NAE_eestikeelseid_kaarte, lk 7
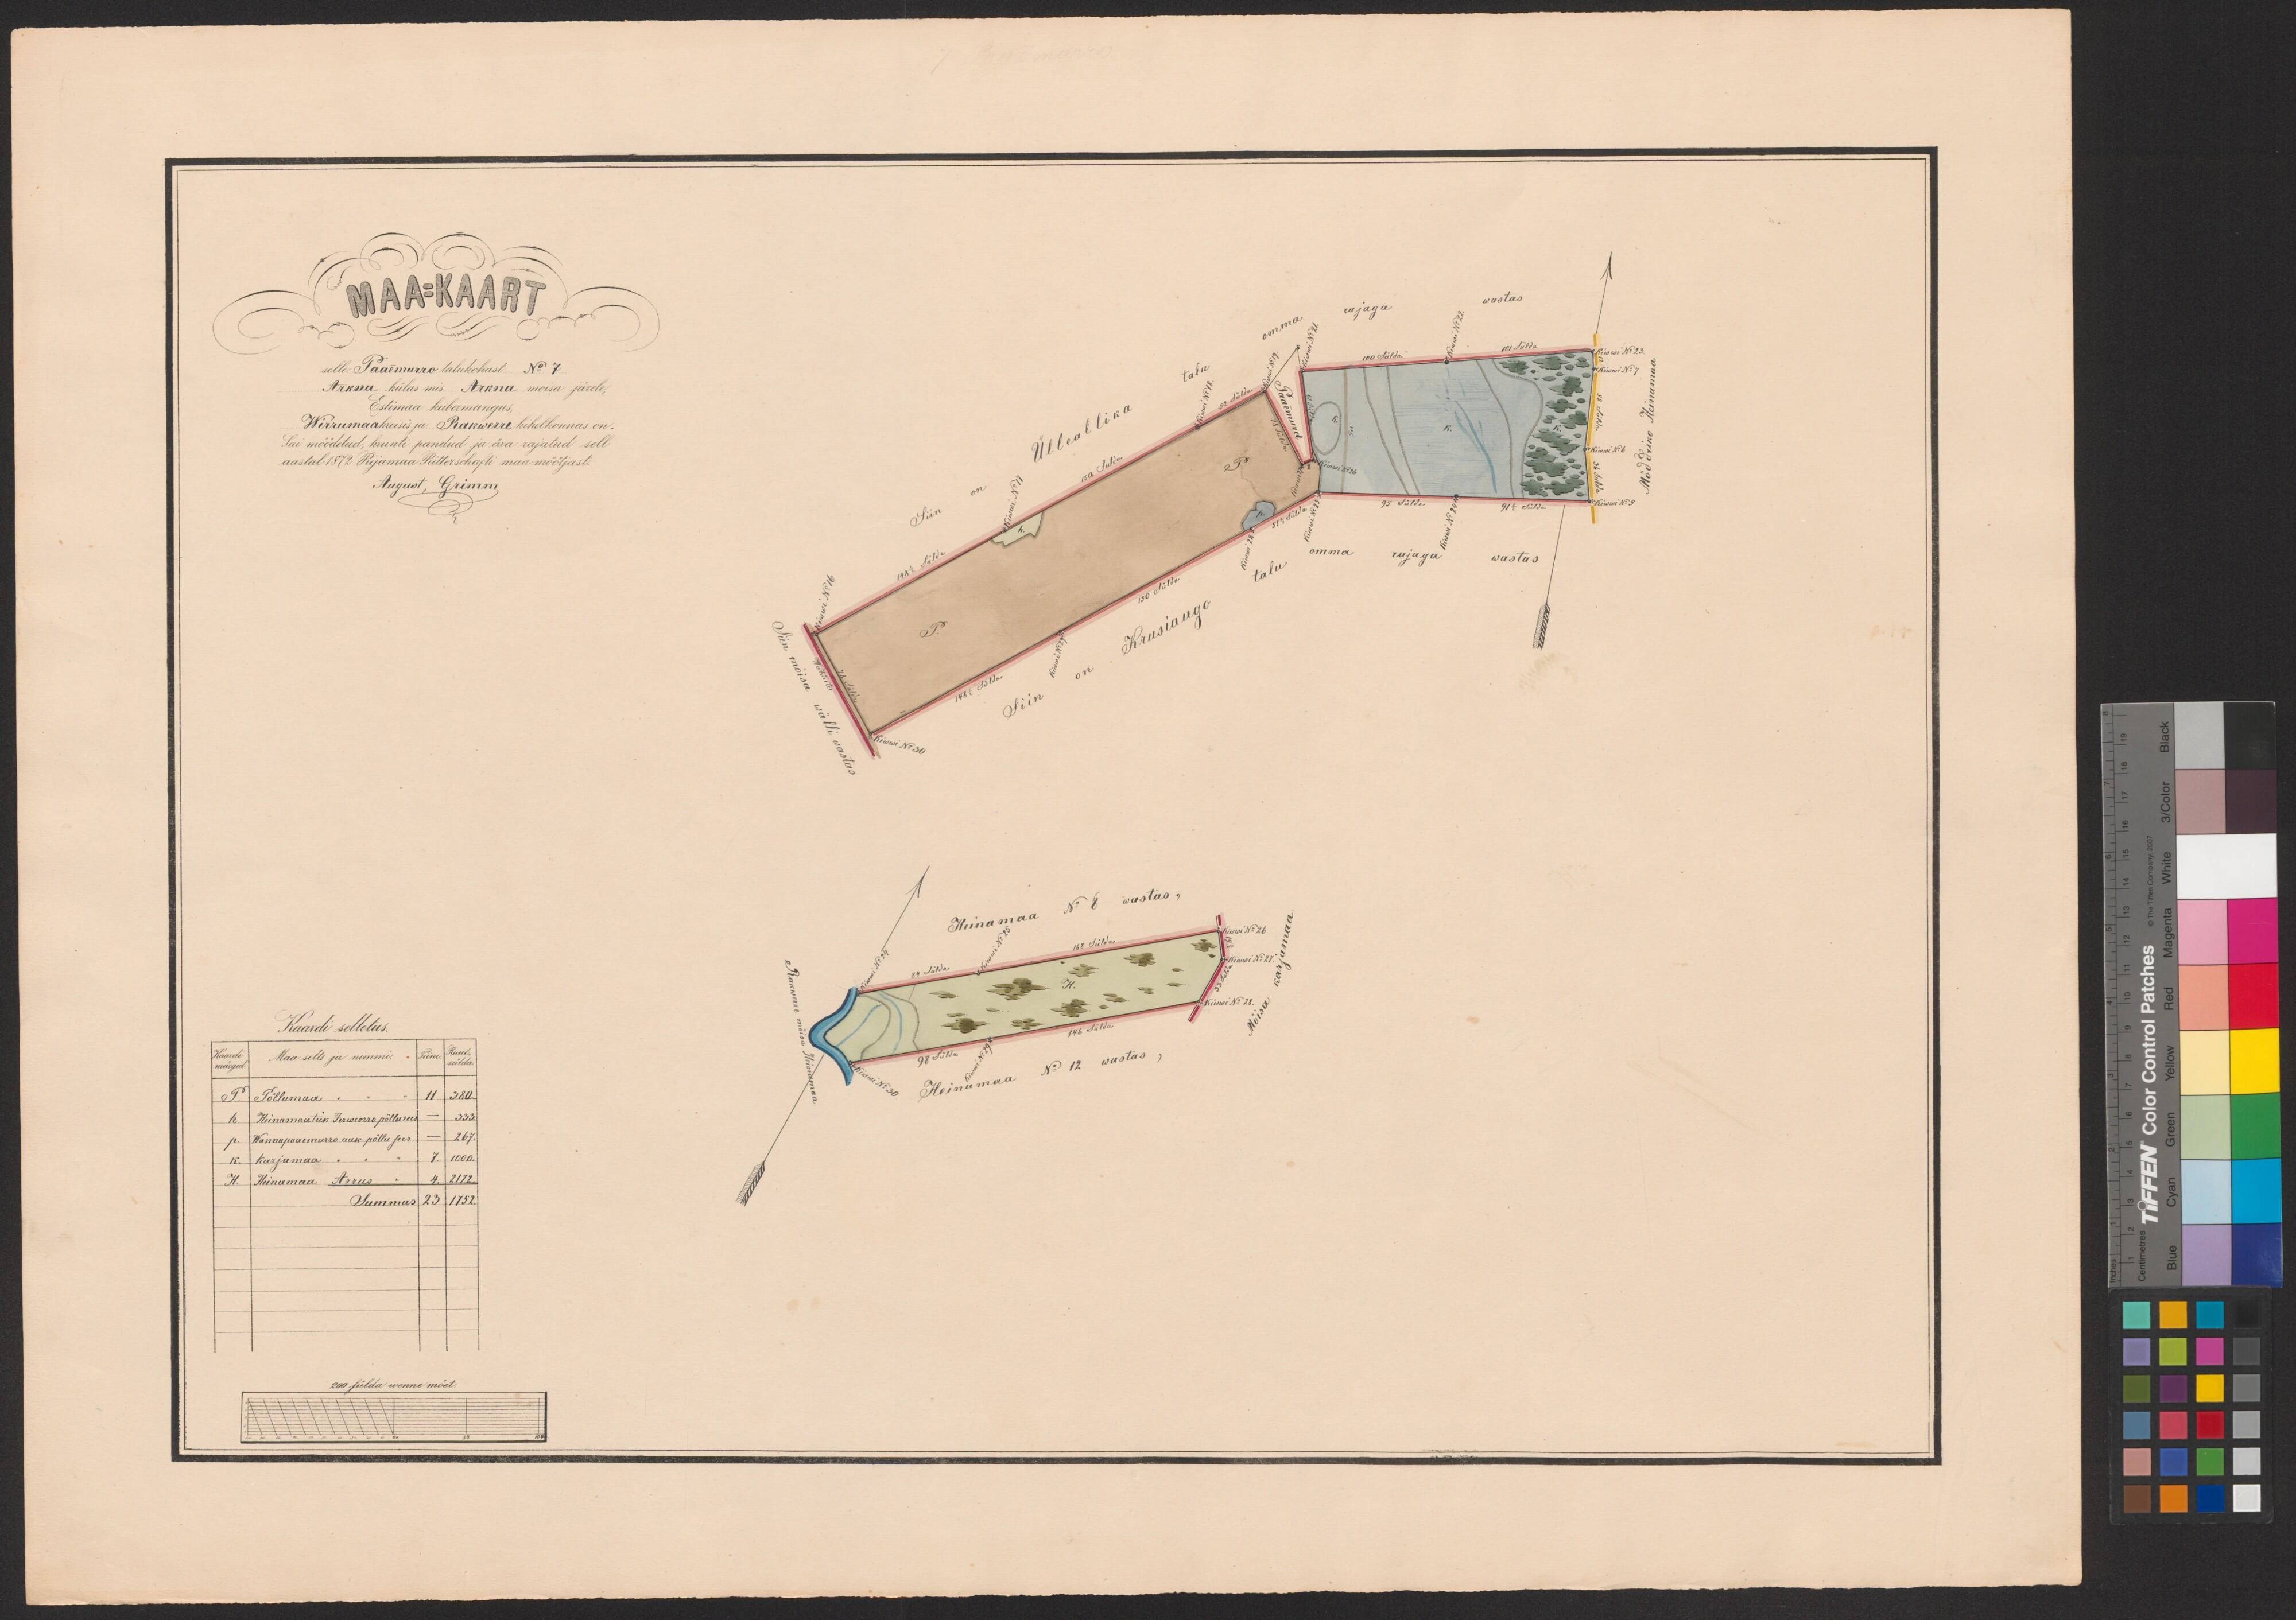
MAA=KAART
selle Paaemurro talukohast No 7
Arkna külas mis Arkna mõisa järele,
Estimaa kubermangus
Wirrumaa kreisis ja Rakwerre kihelkonnas on.
Sai möödetud, krunti pandud ja ära rajatud sell
aastal 1872 Rijamaa Ritterschafti maa möötjast
August, Grimm
Kaardi selletus.
Maa selts ja nimmi.
Põllumaa
Heinamuutlik Jerweorro põllu sees
Wannapaaemurro auk põllu sees
Karjamaa
Heinamaa Arrus
200 sülda wenne mõet.